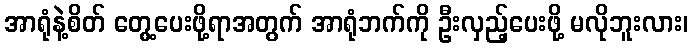
အာရုံနဲ့စိတ် တွေ့ပေးဖို့ရာအတွက် အာရုံဘက်ကို ဦးလှည့်ပေးဖို့ မလိုဘူးလား၊